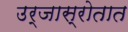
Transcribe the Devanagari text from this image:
उर्जास्रोतात